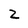
Character: 2